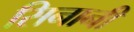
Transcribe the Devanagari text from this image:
सिनानीं